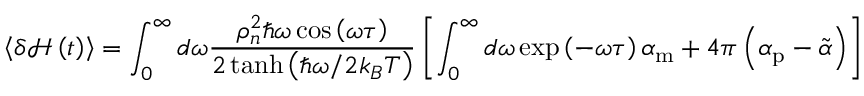
\left< \delta \mathcal { H } \left( t \right) \right> = \int _ { 0 } ^ { \infty } { d \omega \frac { \rho _ { n } ^ { 2 } \hbar \omega \cos \left( \omega \tau \right) } { 2 \operatorname { t a n h } \left( \hbar \omega / 2 k _ { B } T \right) } } \left[ \int _ { 0 } ^ { \infty } { d \omega \exp \left( - \omega \tau \right) \alpha _ { \mathrm { m } } } + 4 \pi \left( \alpha _ { \mathrm { p } } - \tilde { \alpha } \right) \right]